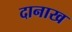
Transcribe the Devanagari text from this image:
दानाख